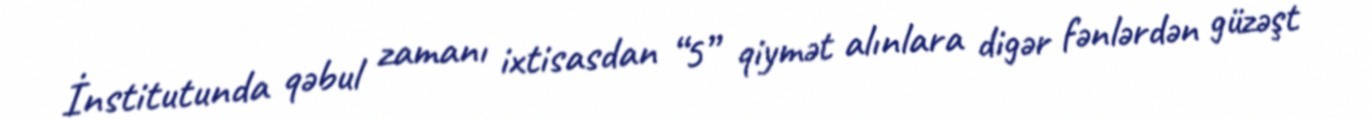
İnstitutunda qəbul zamanı ixtisasdan “5” qiymət alınlara digər fənlərdən güzəşt